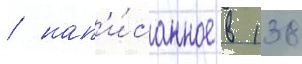
/ нап'и́санное в 138